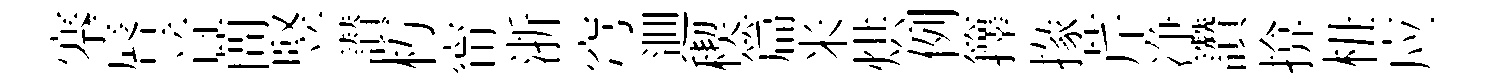
搴唇音蕳竪讃朽甯浙穹逥稧篇米烘例籜掾芹净讚揜杻应